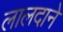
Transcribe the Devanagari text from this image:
लालदाने